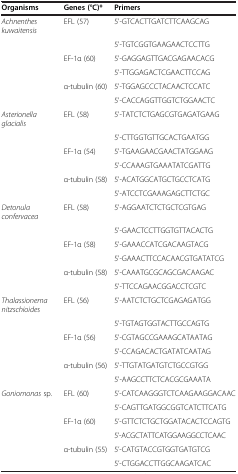
| Organisms | Genes (°C)* | Primers |
 | --- | --- | --- |
 | Achnenthes kuwaitensis | <ROWSPAN=2> EFL (57) | 5'-GTCACTTGATCTTCAAGCAG |
 |  | 5'-TGTCGGTGAAGAACTCCTTG |
 |  | <ROWSPAN=2> EF-1α (60) | 5'-GAGGAGTTGACGAGAACACG |
 |  | 5'-TTGGAGACTCGAACTTCCAG |
 |  | <ROWSPAN=2> α-tubulin (60) | 5'-TGGAGCCCTACAACTCCATC |
 |  | 5'-CACCAGGTTGGTCTGGAACTC |
 | Asterionella glacialis | <ROWSPAN=2> EFL (58) | 5'-TATCTCTGAGCGTGAGATGAAG |
 |  | 5'-CTTGGTGTTGCACTGAATGG |
 |  | <ROWSPAN=2> EF-1α (54) | 5'-TGAAGAACGAACTATGGAAG |
 |  | 5'-CCAAAGTGAAATATCGATTG |
 |  | <ROWSPAN=2> α-tubulin (58) | 5'-ACATGGCATGCTGCCTCATG |
 |  | 5'-ATCCTCGAAAGAGCTTCTGC |
 | Detonula confervacea | <ROWSPAN=2> EFL (58) | 5'-AGGAATCTCTGCTCGTGAG |
 |  | 5'-GAACTCCTTGGTGTTACACTG |
 |  | <ROWSPAN=2> EF-1α (58) | 5'-GAAACCATCGACAAGTACG |
 |  | 5'-GAAACTTCCACAACGTGATATCG |
 |  | <ROWSPAN=2> α-tubulin (58) | 5'-CAAATGCGCAGCGACAAGAC |
 |  | 5'-TTCCAGAACGGACCTCGTC |
 | Thalassionema nitzschioides | <ROWSPAN=2> EFL (56) | 5'-AATCTCTGCTCGAGAGATGG |
 |  | 5'-TGTAGTGGTACTTGCCAGTG |
 |  | <ROWSPAN=2> EF-1α (56) | 5'-CGTAGCCGAAAGCATAATAG |
 |  | 5'-CCAGACACTGATATCAATAG |
 |  | <ROWSPAN=2> α-tubulin (56) | 5'-TTGTATGATGTCTGCCGTGG |
 |  | 5'-AAGCCTTCTCACGCGAAATA |
 | Goniomonas sp. | <ROWSPAN=2> EFL (60) | 5’-CATCAAGGGTCTCAAGAAGGACAAC |
 |  | 5’-CAGTTGATGGCGGTCATCTTCATG |
 |  | <ROWSPAN=2> EF-1α (60) | 5’-GTTCTCTGCTGGATACACTCCAGTG |
 |  | 5’-ACGCTATTCATGGAAGGCCTCAAC |
 |  | <ROWSPAN=2> α-tubulin (55) | 5’-CATGTACCGTGGTGATGTCG |
 |  | 5’-CTGGACCTTGGCAAGATCAC |